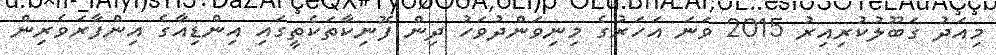
މިއަދު ގަބޫލުކުރިއިރު 2015 ވަނަ އަހަރުގެ މިނިވަންދުވަހު ދިން ފޮނިކާތަކެތީގައި އިންޑިއާގެ އިންފާރަވެރިން